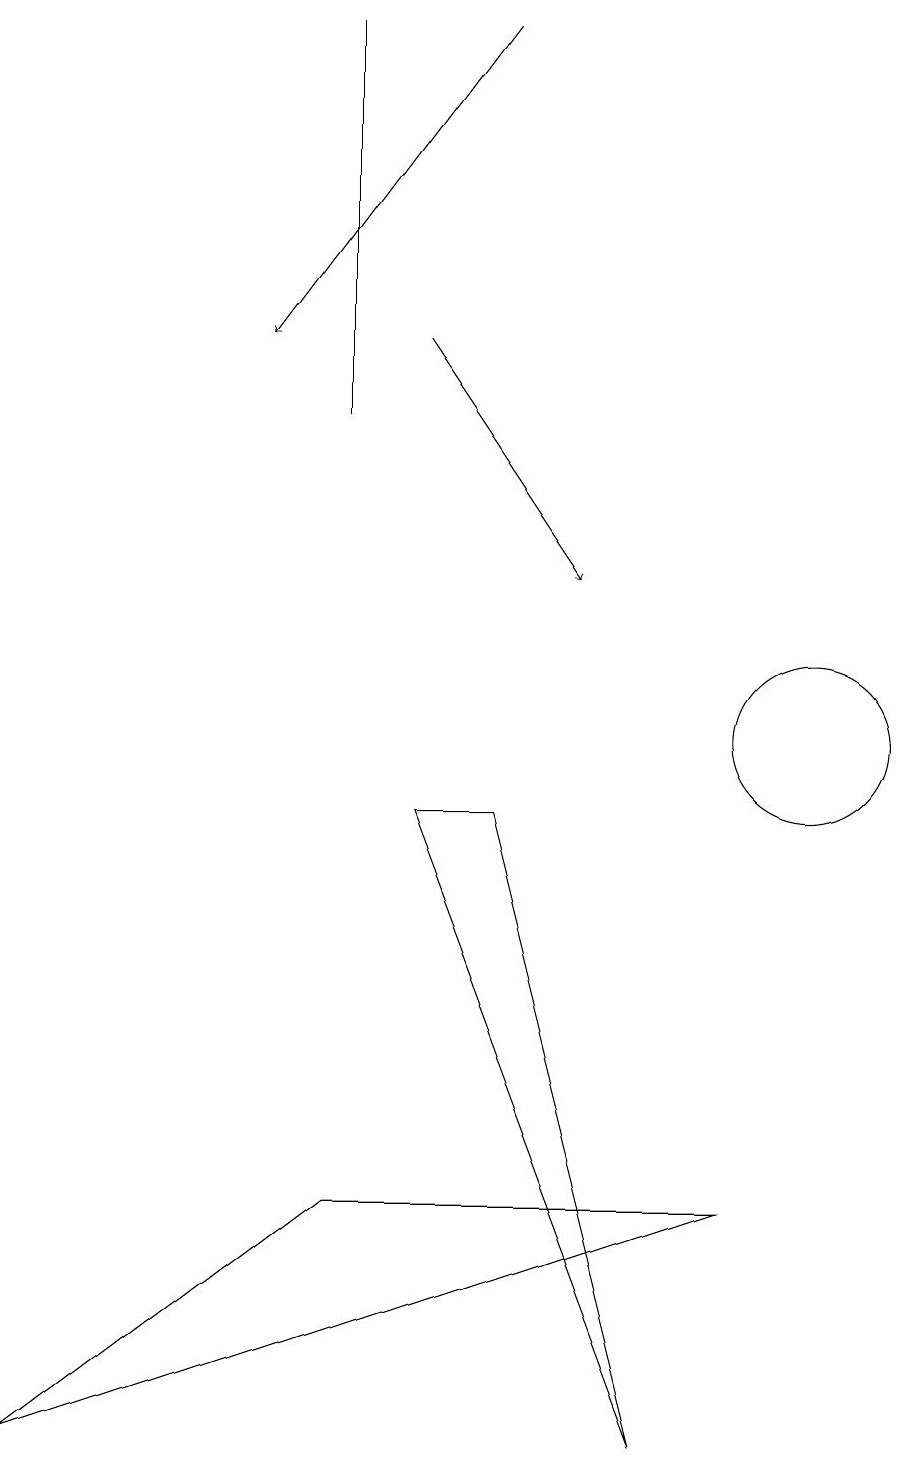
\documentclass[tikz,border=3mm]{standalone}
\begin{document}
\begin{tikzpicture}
\draw[->] (5,15) -- (7,12);
\draw (10,10) circle (1);
\draw (5,9) -- (8,1) -- (6,9) -- cycle;
\draw (4,19) rectangle (4,14);
\draw[->] (6,19) -- (3,15);
\draw (9,4) -- (4,4) -- (0,1) -- cycle;
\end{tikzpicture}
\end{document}